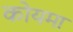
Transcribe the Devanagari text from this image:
कोयमा